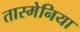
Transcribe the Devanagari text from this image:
तास्मेनिया